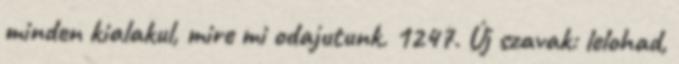
minden kialakul, mire mi odajutunk. 1247. Új szavak: lelohad,